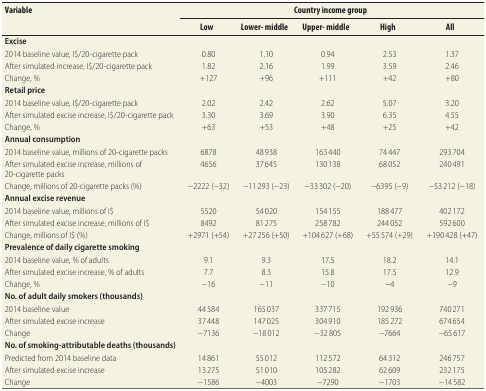
<table><thead><tr><td rowspan="2"><b>Variable</b></td><td colspan="5"><b>Country income group</b></td></tr><tr><td><b>Low</b></td><td><b>Lower- middle</b></td><td><b>Upper- middle</b></td><td><b>High</b></td><td><b>All</b></td></tr></thead><tbody><tr><td><b>Excise</b></td><td></td><td></td><td></td><td></td><td></td></tr><tr><td>2014 baseline value, I$/20-cigarette pack</td><td>0.80</td><td>1.10</td><td>0.94</td><td>2.53</td><td>1.37</td></tr><tr><td>After simulated increase, I$/20-cigarette pack</td><td>1.82</td><td>2.16</td><td>1.99</td><td>3.59</td><td>2.46</td></tr><tr><td>Change, %</td><td>+127</td><td>+96</td><td>+111</td><td>+42</td><td>+80</td></tr><tr><td><b>Retail price</b></td><td></td><td></td><td></td><td></td><td></td></tr><tr><td>2014 baseline value, I$/20-cigarette pack</td><td>2.02</td><td>2.42</td><td>2.62</td><td>5.07</td><td>3.20</td></tr><tr><td>After simulated excise increase, I$/20-cigarette pack</td><td>3.30</td><td>3.69</td><td>3.90</td><td>6.35</td><td>4.55</td></tr><tr><td>Change, %</td><td>+63</td><td>+53</td><td>+48</td><td>+25</td><td>+42</td></tr><tr><td><b>Annual consumption</b></td><td></td><td></td><td></td><td></td><td></td></tr><tr><td>2014 baseline value, millions of 20-cigarette packs</td><td>6878</td><td>48 938</td><td>163 440</td><td>74 447</td><td>293 704</td></tr><tr><td>After simulated excise increase, millions of 20-cigarette packs</td><td>4656</td><td>37 645</td><td>130 138</td><td>68 052</td><td>240 491</td></tr><tr><td>Change, millions of 20-cigarette packs (%)</td><td>−2222 (−32)</td><td>−11 293 (−23)</td><td>−33 302 (−20)</td><td>−6395 (−9)</td><td>−53 212 (−18)</td></tr><tr><td><b>Annual excise revenue</b></td><td></td><td></td><td></td><td></td><td></td></tr><tr><td>2014 baseline value, millions of I$</td><td>5520</td><td>54 020</td><td>154 155</td><td>188 477</td><td>402 172</td></tr><tr><td>After simulated excise increase, millions of I$</td><td>8492</td><td>81 275</td><td>258 782</td><td>244 052</td><td>592 600</td></tr><tr><td>Change, millions of I$ (%)</td><td>+2971 (+54)</td><td>+27 256 (+50)</td><td>+104 627 (+68)</td><td>+55 574 (+29)</td><td>+190 428 (+47)</td></tr><tr><td><b>Prevalence of daily cigarette smoking</b></td><td></td><td></td><td></td><td></td><td></td></tr><tr><td>2014 baseline value, % of adults</td><td>9.1</td><td>9.3</td><td>17.5</td><td>18.2</td><td>14.1</td></tr><tr><td>After simulated excise increase, % of adults</td><td>7.7</td><td>8.3</td><td>15.8</td><td>17.5</td><td>12.9</td></tr><tr><td>Change, %</td><td>−16</td><td>−11</td><td>−10</td><td>−4</td><td>−9</td></tr><tr><td><b>No. of adult daily smokers (thousands)</b></td><td></td><td></td><td></td><td></td><td></td></tr><tr><td>2014 baseline value</td><td>44 584</td><td>165 037</td><td>337 715</td><td>192 936</td><td>740 271</td></tr><tr><td>After simulated excise increase </td><td>37 448</td><td>147 025</td><td>304 910</td><td>185 272</td><td>674 654</td></tr><tr><td>Change</td><td>−7136</td><td>−18 012</td><td>−32 805</td><td>−7664</td><td>−65 617</td></tr><tr><td><b>No. of smoking-attributable deaths (thousands)</b></td><td></td><td></td><td></td><td></td><td></td></tr><tr><td>Predicted from 2014 baseline data</td><td>14 861</td><td>55 012</td><td>112 572</td><td>64 312</td><td>246 757</td></tr><tr><td>After simulated excise increase</td><td>13 275</td><td>51 010</td><td>105 282</td><td>62 609</td><td>232 175</td></tr><tr><td>Change</td><td>−1586</td><td>−4003</td><td>−7290</td><td>−1703</td><td>−14 582</td></tr></tbody></table>